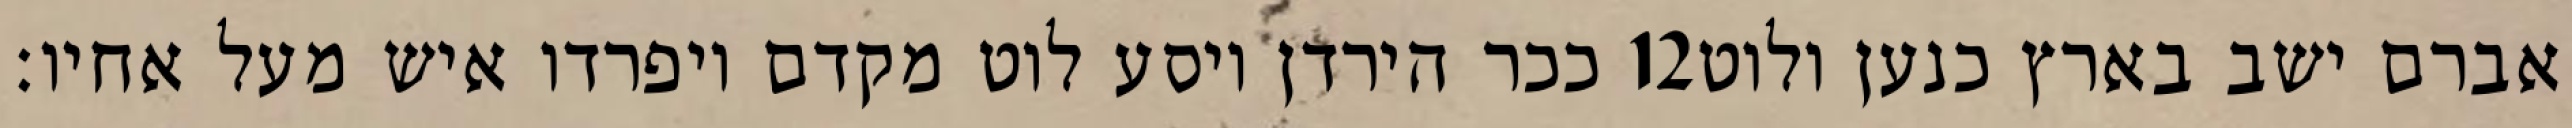
ככר הירדן ויסע לוט מקדם ויפרדו איש מעל אחיו׃ ‎12‏ אברם ישב בארץ כנען ולוט